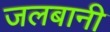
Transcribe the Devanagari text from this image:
जलबानी